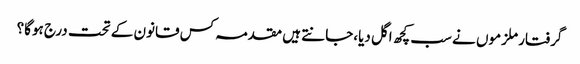
گرفتار ملزموں نے سب کچھ اگل دیا،جانتے ہیں مقدمہ کس قانون کے تحت درج ہوگا؟